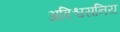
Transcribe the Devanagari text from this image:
अविश्वसनिय